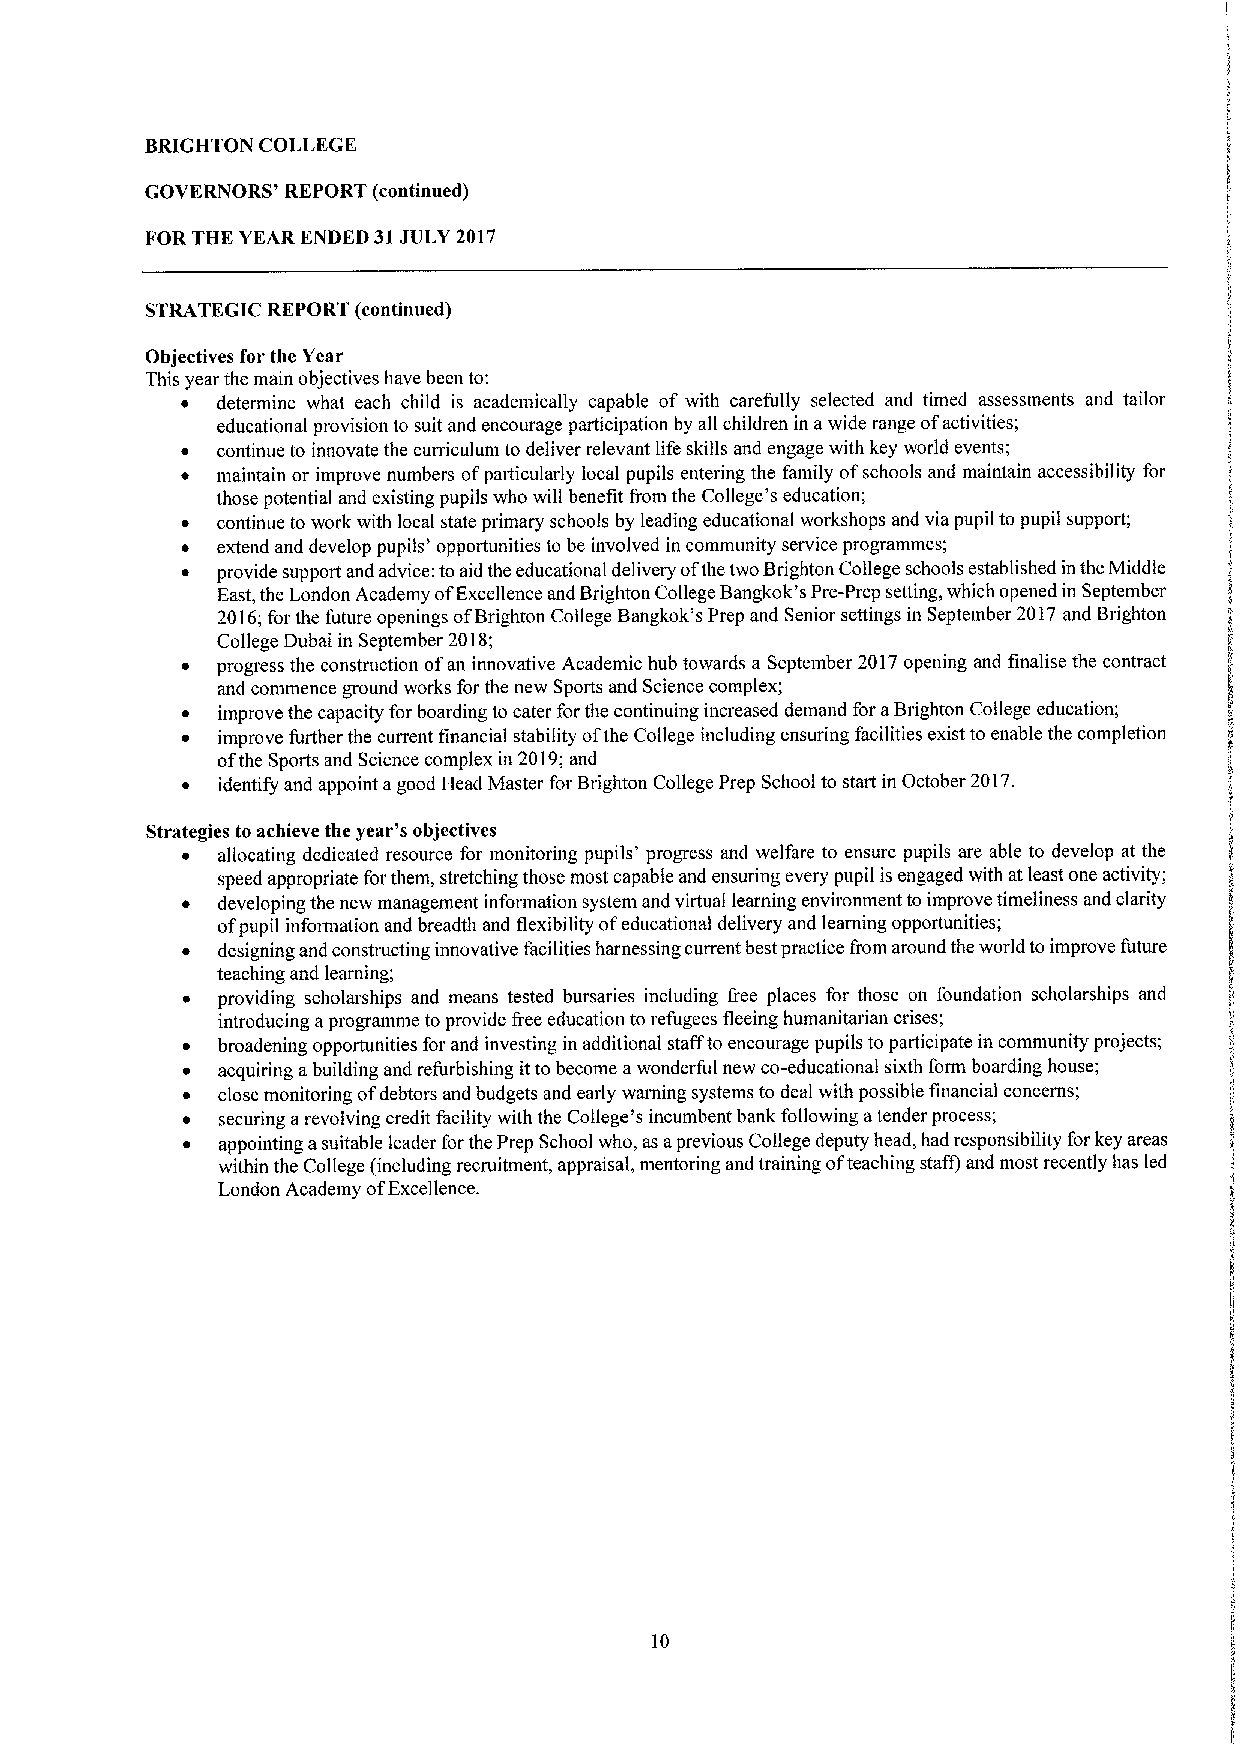
BRIGHTON COLLEGE
 GOVERNORS' REPORT (continued)
 FOR THE YEAR ENDED 31JULY 2017
 STRATEGIC REPORT (continued)
 Objectives for the Year
 This year the main objectives have been to:
 ~ determine what each child is academically capable of with carefully selected and timed assessments and tailor
 educational provision to suit and encourage participation by all children in awide range ofactivities;
 ~ continue to innovate the curriculum to deliver relevant life skills and engage with key world events;
 ~ maintain or improve numbers ofparticularly local pupils entering the family ofschools and maintain accessibility for
 those potential and existing pupils who will benefit from the College's education;
 ~ continue to work with local state primary schools by leading educational workshops and via pupil to pupil support;
 ~ extend and develop pupils' opportunities to be involved in community service programmes;
 ~ provide support and advice: toaid the educational delivery ofthe two Brighton College schools established inthe Middle
 East,the London Academy ofExcellence and Brighton College Bangkok's Pre-Prep setting, which opened in September
 2016;for the future openings ofBrighton College Bangkok's Prep and Senior settings in September 2017and Brighton
 College Dubai in September 2018;
 ~ progress the construction ofan innovative Academic hub towards a September 2017opening and finalise the contract
 and commence ground works for the new Sports and Science complex;
 ~ improve the capacity for boarding to cater forthe continuing increased demand for aBrighton College education;
 ~ improve further the current financial stability ofthe College including ensuring facilities exist to enable the completion
 ofthe Sports and Science complex in 2019;and
 ~ identify and appoint agood Head Master forBrighton College Prep School to start in October 2017.
 Strategies to achieve the year's objectives
 ~ allocating dedicated resource for monitoring pupils' progress and welfare to ensure pupils are able to develop at the
 speed appropriate forthem, stretching those most capable and ensuring every pupil is engaged with at least one activity;
 ~ developing the new management information system and virtual learning environment to improve timeliness and clarity
 ofpupil information and breadth and flexibility ofeducational delivery and learning opportunities;
 ~ designing and constructing innovative facilities harnessing current best practice from around the world toimprove future
 teaching and learning;
 ~ providing scholarships and means tested bursaries including free places for those on foundation scholarships and
 introducing aprogramme to provide free education to refugees fleeing humanitarian crises;
 ~ broadening opportunities for and investing in additional staffto encourage pupils to participate in community projects;
 ~ acquiring abuilding and refurbishing itto become awonderful new co-educational sixth form boarding house;
 ~ close monitoring ofdebtors and budgets and early warning systems to deal with possible financial concerns;
 ~ securing arevolving credit facility with the College's incumbent bank following atender process;
 ~ appointing asuitable leader for the Prep School who, as aprevious College deputy head, had responsibility forkey areas
 within the College (including recruitment, appraisal, mentoring and training ofteaching staff) and most recently has led
 London Academy ofExcellence.
 10